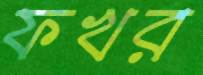
ফখর